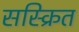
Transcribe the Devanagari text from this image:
सस्क्रित